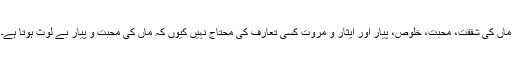
ماں کی شفقت، محبت، خلوص، پیار اور ایثار و مروت کسی تعارف کی محتاج نہیں کیوں کہ ماں کی محبت و پیار بے لوث ہوتا ہے۔